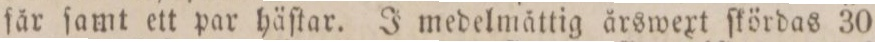
får ſamt ett par häſtar. J medelmåttig årswext ſkördas 30